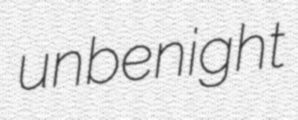
unbenight